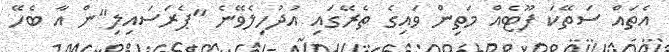
އެތައް ސަތޭކަ ފޫޓެއް މަތިން ވައިގެ ތެރޭގައި އުދުހިލެވޭނެ "ޕެރަސައިލި"ން އާ ބެހޭ